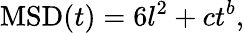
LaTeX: \mathrm{MSD}(t)=6l^{2}+ct^{b},